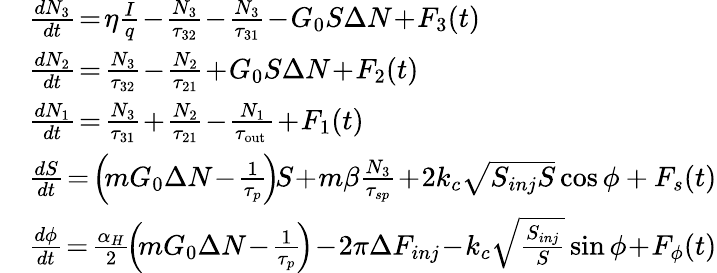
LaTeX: \begin{array}{rl}&{\frac{dN_{3}}{dt}\! =\! \eta\frac{I}{q}\! -\! \frac{N_{3}}{\tau_{32}}\! -\! \frac{N_{3}}{\tau_{31}}\! -\! G_{0}S\Delta N\! +\! F_{3}(t)}\\ &{\frac{dN_{2}}{dt}\! =\! \frac{N_{3}}{\tau_{32}}\! -\! \frac{N_{2}}{\tau_{21}}\! +\! G_{0}S\Delta N\! +\! F_{2}(t)}\\ &{\frac{dN_{1}}{dt}\! =\! \frac{N_{3}}{\tau_{31}}\! +\! \frac{N_{2}}{\tau_{21}}\! -\! \frac{N_{1}}{\tau_{\mathrm{out~}}}\! +\! F_{1}(t)}\\ &{\frac{dS}{dt}\! =\! \left(\! mG_{0}\Delta N\! -\! \frac{1}{\tau_{p}}\! \right)\! S\! +\! m\beta\frac{N_{3}}{\tau_{sp}}\! +\! 2k_{c}\sqrt{S_{inj}S}\cos\phi+F_{s}(t)}\\ &{\frac{d\phi}{dt}\! =\! \frac{\alpha_{H}}{2}\! \left(\! mG_{0}\Delta N\! -\! \frac{1}{\tau_{p}}\! \right)\! -\! 2\pi\Delta F_{inj}\! -\! k_{c}\sqrt{\frac{S_{inj}}{S}}\sin\phi\! +\! F_{\phi}(t)}\end{array}